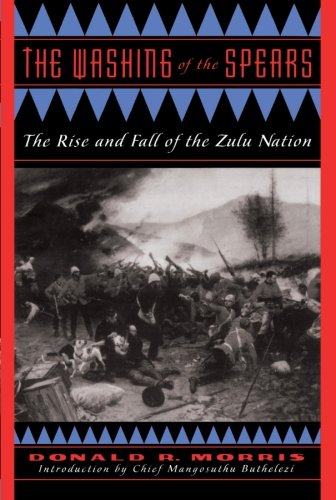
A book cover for The Washing Of The Spears: The Rise And Fall Of The Zulu Nation; Donald R. Morris; History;